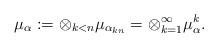
LaTeX: \begin{align*} \mu_\alpha:=\otimes_{k<n}\mu_{\alpha_{kn}}=\otimes_{k=1}^\infty\mu^k_\alpha.\end{align*}